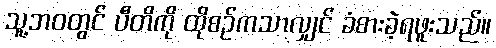
သူ့ဘဝတွင် ပီတိကို ထိုစဉ်ကသာလျှင် ခံစားခဲ့ရဖူးသည်။